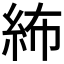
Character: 𥿠